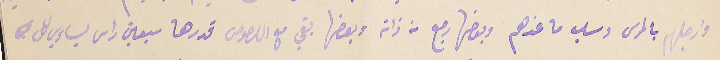
وارجلهم بالمرس وسلب ما عندهم وبعضها رجع من ذاته وبعضها بقي مع اللصوص قدرها سبعين راس يساوي كل